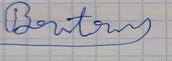
Signature authenticity: forged